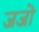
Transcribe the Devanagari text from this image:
जजो